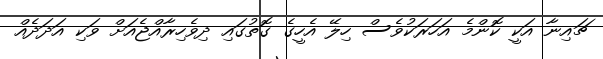
ޗައިނާ އަކީ ކޮންމެ އަހަރަކުވެސް ހިލޭ އެހީގެ ގޮތުގައި ދިވެހިރާއްޖެއަށް ވަކި އަދަދެއް